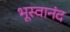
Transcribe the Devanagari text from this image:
भूस्वानंद